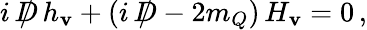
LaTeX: i\, \rlap{\, /}D\, h_{\mathbf{v}}+(i\, \rlap{\, /}D-2m_{Q})\, H_{\mathbf{v}}=0\, ,